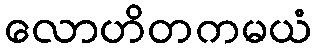
လောဟိတကမယံ